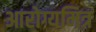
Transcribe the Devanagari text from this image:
आरोग्यमित्र